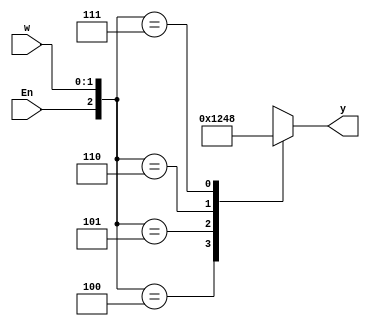
module Exercise4_26(input [1:0]w, input En, output reg [3:0]y);
	always@(w, En)
	begin
		casex({En, w})
		3'b100: y = 4'b0001;
		3'b101: y = 4'b0010;
		3'b110: y = 4'b0100;
		3'b111: y = 4'b1000;
		default: y = 4'bxxxx;
		endcase
	end

endmodule
module h3to8(input [2:0]w, input En, output reg [7:0]y);
	assign En1 = ~w[3] & En;
	assign En2 = w[3] & En;
	
	Exercise4_26 bd1 (w[1:0], En1, y[3:0]);
	Exercise4_26 bd2 (w[1:0], En2, y[7:4]);
	
endmodule